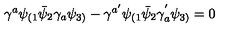
\gamma ^ { a } \psi _ { ( 1 } \bar { \psi } _ { 2 } \gamma _ { a } \psi _ { 3 ) } - \gamma ^ { a ^ { \prime } } \psi _ { ( 1 } \bar { \psi } _ { 2 } \gamma _ { a } ^ { ' } \psi _ { 3 ) } = 0